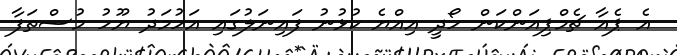
އެ ޕެއާ ޗެމްޕިއަންކަން ހޯދީ އިއްޔެ ކުޅުނު ފައިނަލުގައި އަހުމަދު ޔޫހު މުސްތަފާ